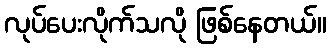
လုပ်ပေးလိုက်သလို ဖြစ်နေတယ်။